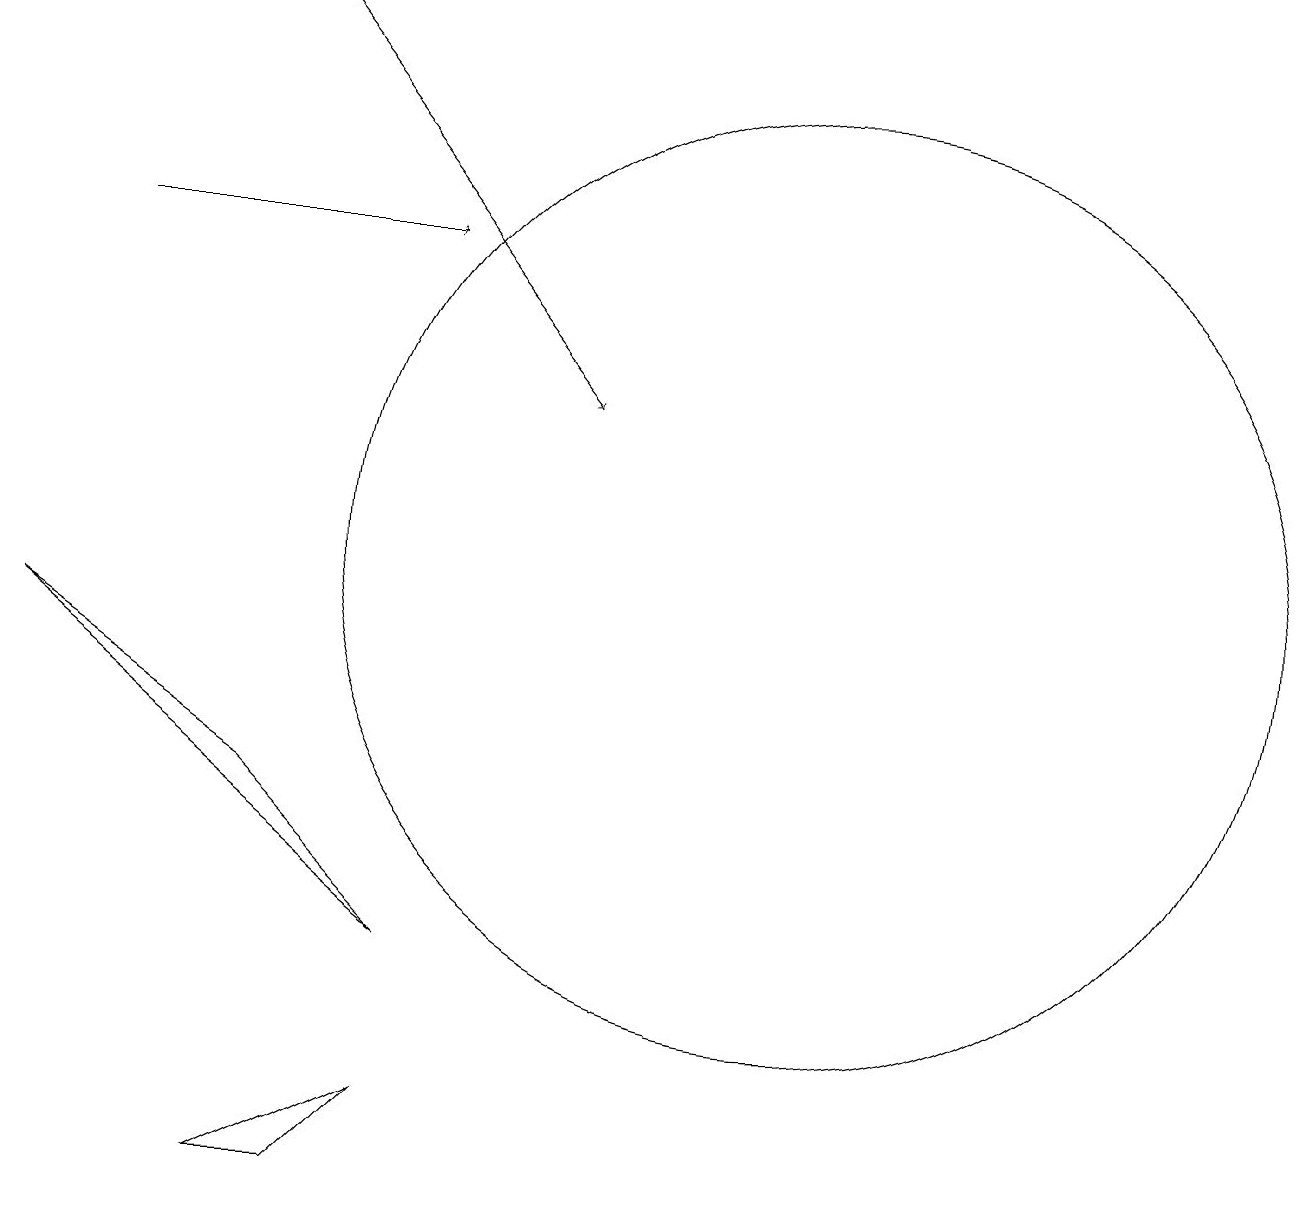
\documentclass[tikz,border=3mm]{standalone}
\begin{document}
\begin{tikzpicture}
\draw[->] (2,14) -- (6,14);
\draw[->] (4,17) -- (8,12);
\draw (11,12) circle (0);
\draw (11,10) circle (6);
\draw (6,5) -- (1,9) -- (4,7) -- cycle;
\draw (6,3) -- (4,2) -- (5,2) -- cycle;
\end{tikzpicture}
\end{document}